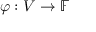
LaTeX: \varphi : V \to { \mathbb { F } }